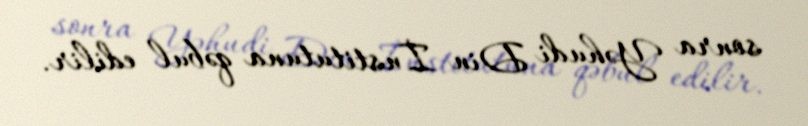
sonra Yəhudi Din İnstitutuna qəbul edilir.